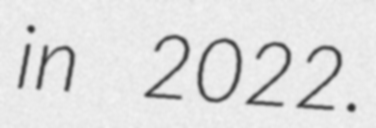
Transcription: in 2022.